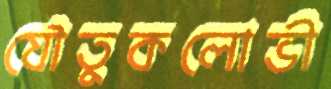
যৌতুকলোভী